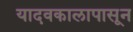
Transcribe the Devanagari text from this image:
यादवकालापासून